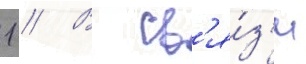
1 // В св'я́з'и